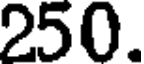
250.